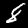
Digit: 8